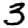
Digit: 3